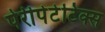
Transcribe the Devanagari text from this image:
पेरीपेटेटिक्स